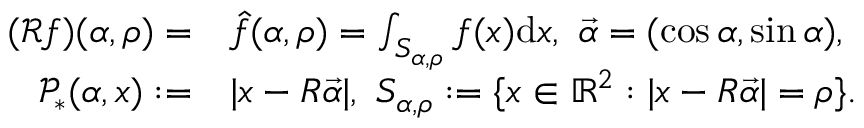
\begin{array} { r l } { ( \mathcal R f ) ( \alpha , \rho ) = } & { \hat { f } ( \alpha , \rho ) = \int _ { S _ { \alpha , \rho } } f ( x ) \mathrm { d } x , \ \vec { \alpha } = ( \cos \alpha , \sin \alpha ) , } \\ { \mathcal P _ { * } ( \alpha , x ) : = } & { | x - R \vec { \alpha } | , \ S _ { \alpha , \rho } : = \{ x \in \mathbb { R } ^ { 2 } : | x - R \vec { \alpha } | = \rho \} . } \end{array}